Annual statistical returns and brief notes on vaccination in Bengal - 1896-1909
Year: 1896
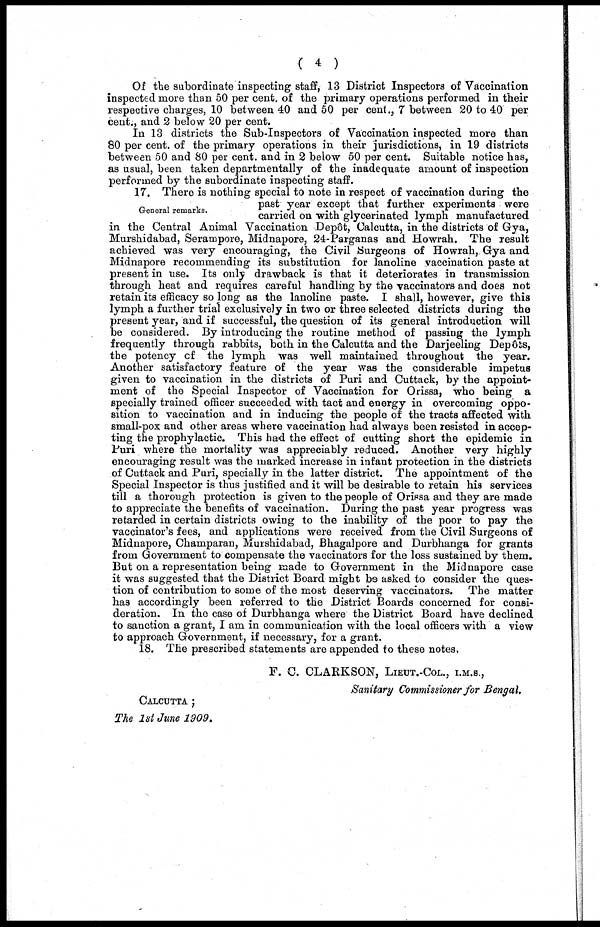
( 4 )
Of the subordinate inspecting staff, 13 District Inspectors of Vaccination
inspected more than 50 per cent. of the primary operations performed in their
respective charges, 10 between 40 and 50 per cent., 7 between 20 to 40 per
cent., and 2 below 20 per cent.
In 13 districts the Sub-Inspectors of Vaccination inspected more than
80 per cent. of the primary operations in their jurisdictions, in 19 districts
between 50 and 80 per cent. and in 2 below 50 per cent. Suitable notice has,
as usual, been taken departmentally of the inadequate amount of inspection
performed by the subordinate inspecting staff.
General remarks.
17. There is nothing special to note in respect of vaccination during the
past year except that further experiments were
carried on with glycerinated lymph manufactured
in the Central Animal Vaccination Depôt, Calcutta, in the districts of Gya,
Murshidabad, Serampore, Midnapore, 24-Parganas and Howrah. The result
achieved was very encouraging, the Civil Surgeons of Howrah, Gya and
Midnapore recommending its substitution for lanoline vaccination paste at
present in use. Its only drawback is that it deteriorates in transmission
through heat and requires careful handling by the vaccinators and does not
retain its efficacy so long as the lanoline paste. I shall, however, give this
lymph a further trial exclusively in two or three selected districts during the
present year, and if successful, the question of its general introduction will
be considered. By introducing the routine method of passing the lymph
frequently through rabbits, both in the Calcutta and the Darjeeling Depôts,
the potency of the lymph was well maintained throughout the year.
Another satisfactory feature of the year was the considerable impetus
given to vaccination in the districts of Puri and Cuttack, by the appoint-
ment of the Special Inspector of Vaccination for Orissa, who being a
specially trained officer succeeded with tact and energy in overcoming oppo-
sition to vaccination and in inducing the people of the tracts affected with
small-pox and other areas where vaccination had always been resisted in accep-
ting the prophylactic. This had the effect of cutting short the epidemic in
Puri where the mortality was appreciably reduced. Another very highly
encouraging result was the marked increase in infant protection in the districts
of Cuttack and Puri, specially in the latter district. The appointment of the
Special Inspector is thus justified and it will be desirable to retain his services
till a thorough protection is given to the people of Orissa and they are made
to appreciate the benefits of vaccination. During the past year progress was
retarded in certain districts owing to the inability of the poor to pay the
vaccinator's fees, and applications were received from the Civil Surgeons of
Midnapore, Champaran, Murshidabad, Bhagalpore and Durbhanga for grants
from Government to compensate the vaccinators for the loss sustained by them.
But on a representation being made to Government in the Midnapore case
it was suggested that the District Board might be asked to consider the ques-
tion of contribution to some of the most deserving vaccinators. The matter
has accordingly been referred to the District Boards concerned for consi-
deration. In the case of Durbhanga where the District Board have declined
to sanction a grant, I am in communication with the local officers with a view
to approach Government, if necessary, for a grant.
18. The prescribed statements are appended to these notes.
F. C. CLARKSON, LIEUT.-COL., I.M.S.,
Sanitary Commissioner for Bengal.
CALCUTTA ;
The 1st June 1909.